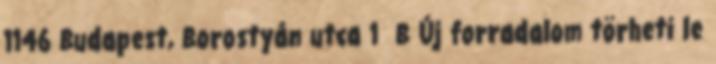
1146 Budapest, Borostyán utca 1 B Új forradalom törheti le